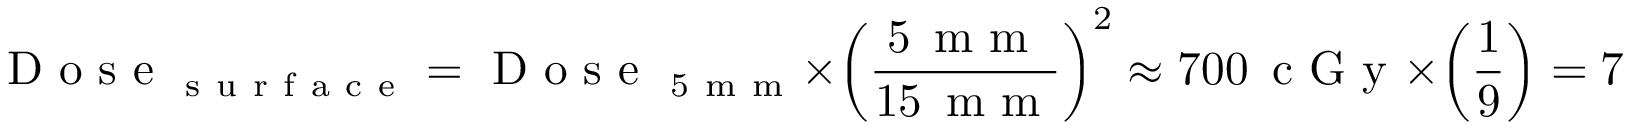
\mathrm { ~ D ~ o ~ s ~ e ~ } _ { \mathrm { ~ s ~ u ~ r ~ f ~ a ~ c ~ e ~ } } = \mathrm { ~ D ~ o ~ s ~ e ~ } _ { \mathrm { ~ 5 ~ m ~ m ~ } } \times \left( \frac { 5 \, \mathrm { ~ m ~ m ~ } } { 1 5 \, \mathrm { ~ m ~ m ~ } } \right) ^ { 2 } \approx 7 0 0 \, \mathrm { ~ c ~ G ~ y ~ } \times \left( \frac { 1 } { 9 } \right) = 7 7 . 8 \, \mathrm { ~ c ~ G ~ y ~ }